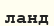
ланд